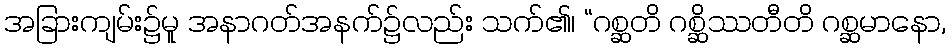
အခြားကျမ်း၌မူ အနာဂတ်အနက်၌လည်း သက်၏၊ “ဂစ္ဆတိ ဂစ္ဆိဿတီတိ ဂစ္ဆမာနော,